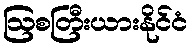
ဩစတြီးယားနိုင်ငံ